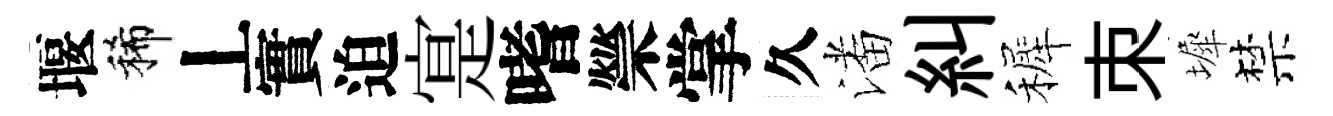
堰稀丄實迫寔嗜禜掌久潘糾裤朿墀禁